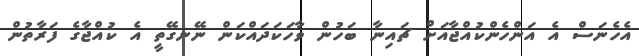
އެހެނަސް އެ އަންހެންކުއްޖާއަށް ޗައިނާ ބަހުން ވާހަކަދައްކަން ނޭނގޭތީ އެ ކުއްޖާގެ ފަރާތުން